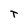
Character: T